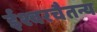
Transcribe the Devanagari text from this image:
ईश्वरचैतन्य